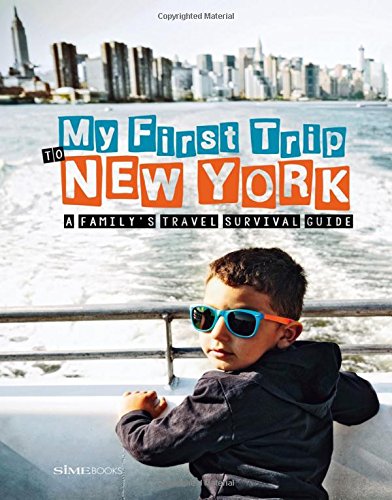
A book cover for My First Trip to New York: A Family's Travel Survival Guide; Sara DeGonia; Travel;